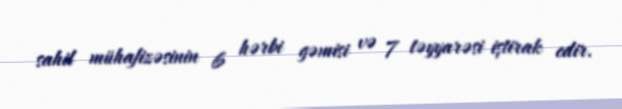
sahil mühafizəsinin 6 hərbi gəmisi və 7 təyyarəsi iştirak edir.